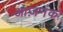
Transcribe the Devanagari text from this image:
आज़नक